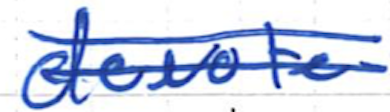
Text: devote
Cross-out: double-line
Writing tool: ballpoint